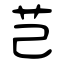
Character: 芑